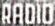
RADIO